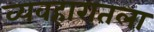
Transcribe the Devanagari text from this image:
व्यवहारातला